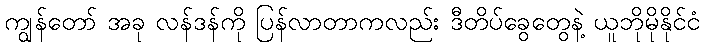
ကျွန်တော် အခု လန်ဒန်ကို ပြန်လာတာကလည်း ဒီတိပ်ခွေတွေနဲ့ ယူဘိုမိုနိုင်ငံ